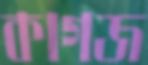
কাগজ